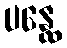
ပန္ထေ